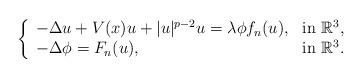
LaTeX: \begin{align*}\left\{\begin{array}[c]{ll}-\Delta u+V( x) u+|u|^{p-2}u=\lambda\phi f_n(u) , & \mbox{in }\mathbb{R}^{3},\\-\Delta\phi=F_n(u), & \mbox{in }\mathbb{R}^{3}.\end{array}\right.\end{align*}